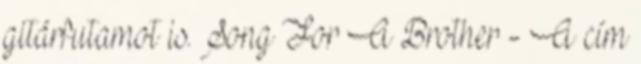
gitárfutamot is. Song For A Brother - A cím